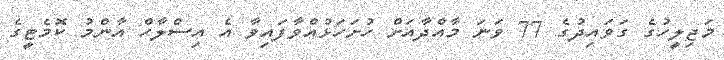
މަޖިލީހުގެ ގަވައިދުގެ 77 ވަނަ މާއްދާއަށް ހުށަހަޅުއްވާފައިވާ އެ އިސްލާހް އާންމު ކޮމެޓީގެ